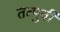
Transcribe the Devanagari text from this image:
तत्पुर्वी